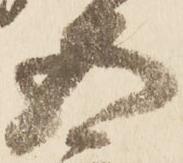
五